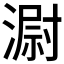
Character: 𣻷